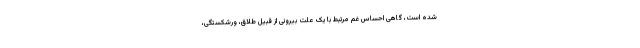
شده است، گاهی احساس غم مرتبط با یک علت بیرونی از قبیل طلاق، ورشکستگی،